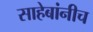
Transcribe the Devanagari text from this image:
साहेबांनीच